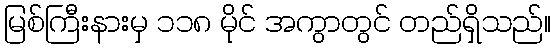
မြစ်ကြီးနားမှ ၁၁၈ မိုင် အကွာတွင် တည်ရှိသည်။